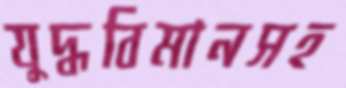
যুদ্ধবিমানসহ